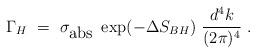
LaTeX: \begin{align*}\Gamma_H~=~\sigma_{\mbox {abs}}~\exp(-\Delta S_{BH})~ \frac{d^4k}{(2\pi)^4}~.\end{align*}